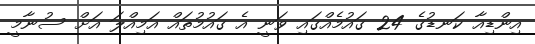
އިންޑިއާ ކަނޑުގެ 24 ގައުމެއްގައި ވަނީ އެ ގައުމުތައް އަމިއްލަ އަށް ސުނާމީ